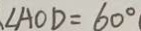
\angle A O D = 6 0 ^ { \circ }